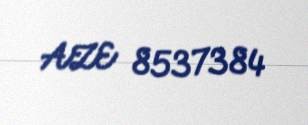
AZE 8537384